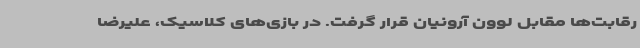
رقابت‌ها مقابل لوون آرونیان قرار گرفت. در بازی‌های کلاسیک، علیرضا